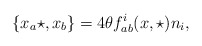
\begin{align*}\{x_a\star ,x_b\}=4\theta f_{ab}^i(x,\star) n_i ,\end{align*}